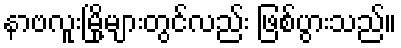
နာဗလူးမြို့များတွင်လည်း ဖြစ်ပွားသည်။